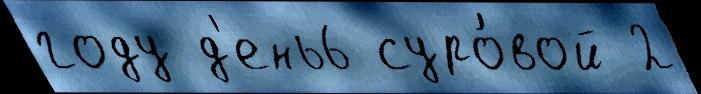
году д'ень6 суро́вой 2